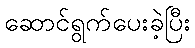
ဆောင်ရွက်ပေးခဲ့ပြီး